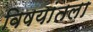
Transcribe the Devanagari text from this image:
विषयांतला